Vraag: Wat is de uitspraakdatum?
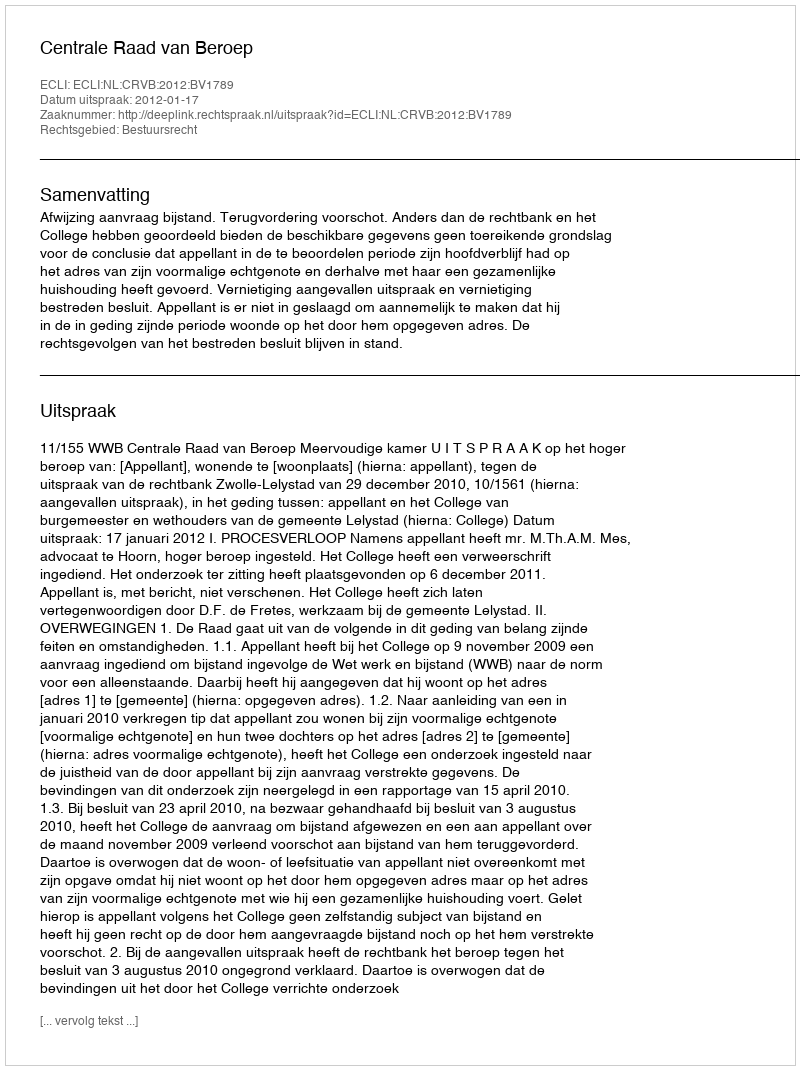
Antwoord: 2012-01-17